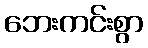
ဘေးကင်းစွာ